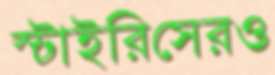
স্টাইরিসেরও